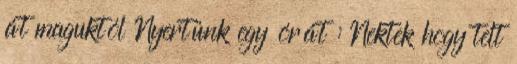
át maguktól Nyertünk egy órát : Nektek hogy telt